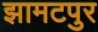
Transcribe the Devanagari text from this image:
झामटपुर